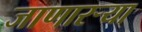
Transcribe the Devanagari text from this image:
जाणारऱ्या